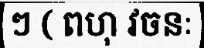
ៗ ( ពហុ វចនៈ